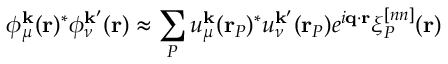
\phi _ { \mu } ^ { \mathbf { k } } ( \mathbf { r } ) ^ { * } \phi _ { \nu } ^ { \mathbf { k } ^ { \prime } } ( \mathbf { r } ) \approx \sum _ { P } u _ { \mu } ^ { \mathbf { k } } ( \mathbf { r } _ { P } ) ^ { * } u _ { \nu } ^ { \mathbf { k } ^ { \prime } } ( \mathbf { r } _ { P } ) e ^ { i \mathbf { q } \cdot \mathbf { r } } \xi _ { P } ^ { [ n n ] } ( \mathbf { r } )